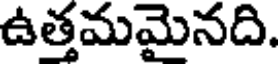
ఉత్తమమైనది.